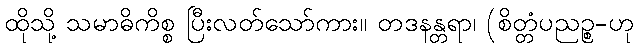
ထိုသို့ သမာဓိကိစ္စ ပြီးလတ်သော်ကား။ တဒနန္တရာ၊ (စိတ္တံပညဉ္စ-ဟု